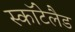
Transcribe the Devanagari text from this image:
स्कॉटेलैड